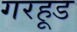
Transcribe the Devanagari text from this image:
गरहूड